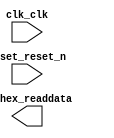

module embedded_system (
	clk_clk,
	to_hex_readdata,
	reset_reset_n);	

	input		clk_clk;
	output	[31:0]	to_hex_readdata;
	input		reset_reset_n;
endmodule